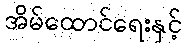
အိမ်ထောင်ရေးနှင့်